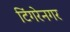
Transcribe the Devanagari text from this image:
टिंगरेनगर